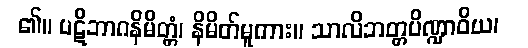
၏။ ပဋိဘာဂနိမိတ္တံ၊ နိမိတ်မူကား။ သာလိဘတ္တပိဏ္ဍာဝိယ၊